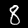
Label: 8